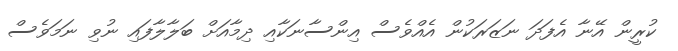
ކުރީން އޭނާ އެފަދަ ނަޒަރަކުން އެއްވެސް އިންސާނަކާއި ދިމާއަށް ބަލާލާފައި ނުވި ނަމަވެސް